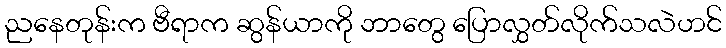
ညနေတုန်းက ဗီရာက ဆွန်ယာကို ဘာတွေ ပြောလွှတ်လိုက်သလဲဟင်